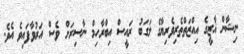
ނިޝާން ޣާޒީގެ އިއްޒަތްތެރިވެރިޔާގެ ލަގަބު ރައީސް އިބްރާހިމް ނާސިރަށް ވެސް އަރުވާފައިވެ އެވެ.